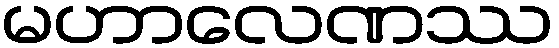
မဟာလေဏဿ